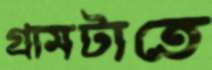
গ্রামটাতে